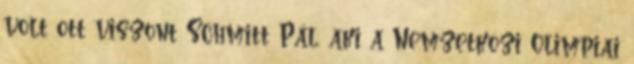
volt ott viszont Schmitt Pál, aki a Nemzetközi Olimpiai